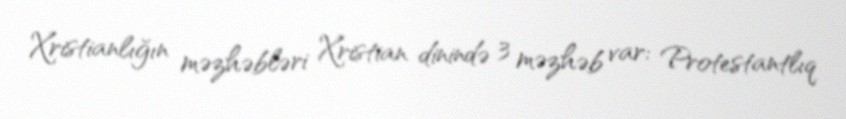
Xristianlığın məzhəbləri Xristian dinində 3 məzhəb var: Protestantlıq